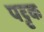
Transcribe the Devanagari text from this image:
पट्टक